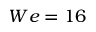
W e = 1 6